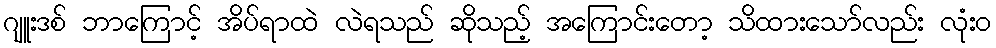
ဂျူးဒစ် ဘာကြောင့် အိပ်ရာထဲ လဲရသည် ဆိုသည့် အကြောင်းတော့ သိထားသော်လည်း လုံးဝ